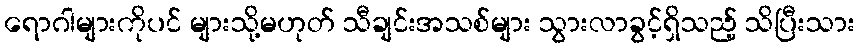
ရောဂါများကိုပင် များသို့မဟုတ် သီချင်းအသစ်များ သွားလာခွင့်ရှိသည့် သိပြီးသား